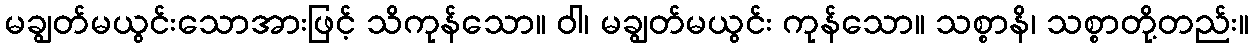
မချွတ်မယွင်းသောအားဖြင့် သိကုန်သော။ ဝါ၊ မချွတ်မယွင်း ကုန်သော။ သစ္စာနိ၊ သစ္စာတို့တည်း။